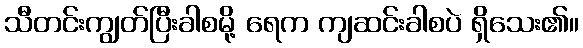
သီတင်းကျွတ်ပြီးခါစမို့ ရေက ကျဆင်းခါစပဲ ရှိသေး၏။